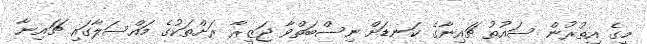
މީގެ އިތުރުން ސައުތު ޗައިނާގެ ކަނޑަށް ނިސްބަތްވާ ޖަޒީރާ ރަށްތަކުގެ މައްސަލާގައި ޗައިނާ